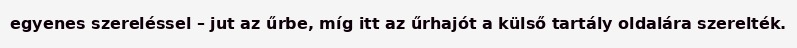
egyenes szereléssel – jut az űrbe, míg itt az űrhajót a külső tartály oldalára szerelték.